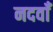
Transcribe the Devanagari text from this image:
नदवाँ